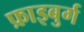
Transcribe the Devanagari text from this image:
फ्राइबुर्ग